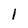
Character: 1